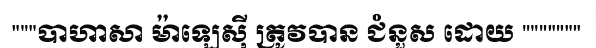
"""បាហាសា ម៉ាឡេស៊ី ត្រូវបាន ជំនួស ដោយ """""""